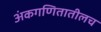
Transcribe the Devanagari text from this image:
अंकगणितातीलच